Document type: Sale
Year: 1451
Scribe: [Unknown]
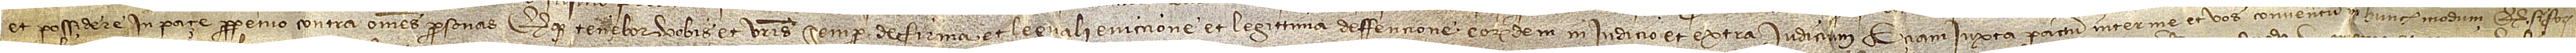
et possidere in paçe perpetuo contra omnes personas, et quod tenebor vobis et vestris semper de firma et leguali eviccione et legittima deffencione eorumdem, in iudicio et extra iudicium; etiam iuxta pactum inter me et vos conventum in hunch modum: quod si for-